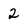
Character: 2